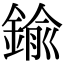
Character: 鍮